Scottish Leaving Certificate Examination, 1960
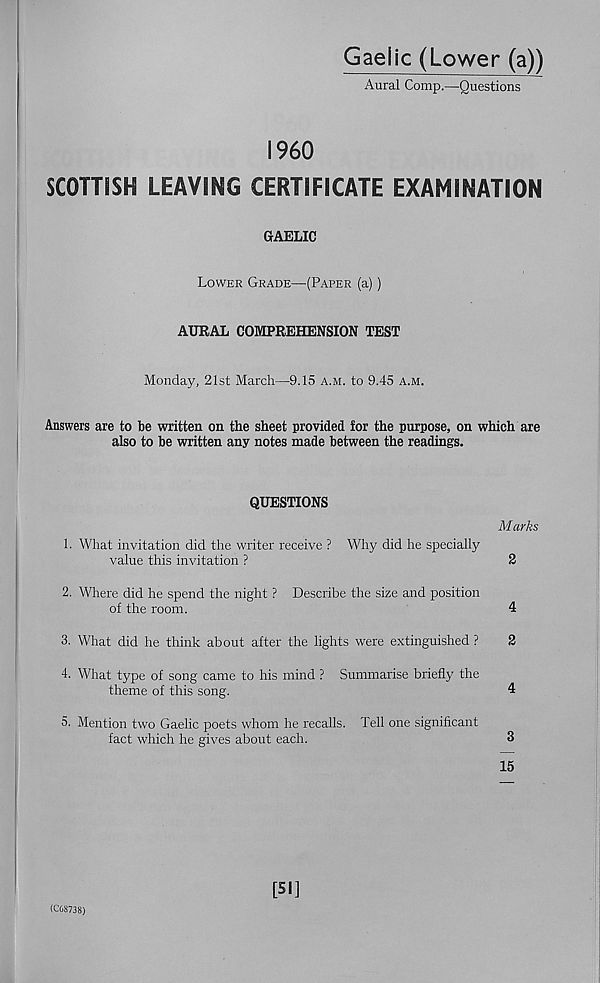
Gaelic (Lower (a))
Aural Comp.—Questions
I960
SCOTTISH LEAVING CERTIFICATE EXAMINATION
GAELIC
Lower Grade—(Paper (a))
AURAL COMPREHENSION TEST
Monday, 21st March—9.15 a.m. to 9.45 a.m.
Answers are to be written on the sheet provided for the purpose, on which are
also to be written any notes made between the readings.
QUESTIONS
1. What invitation did the writer receive ? Why did he specially
value this invitation ?
Marks
2
2. Where did he spend the night ? Describe the size and position
of the room.
4
3. What did he think about after the lights were extinguished ?
2
4. What type of song came to his mind ? Summarise briefly the
theme of this song.
4
5. Mention two Gaelic poets whom he recalls. Tell one significant
fact which he gives about each.
3
15
(C68738)
[51]